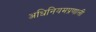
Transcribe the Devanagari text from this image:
अधिनियमप्रणाली